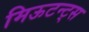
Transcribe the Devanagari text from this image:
मिऊटन्ट्स